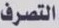
التصرف